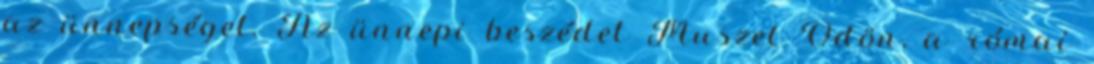
az ünnepséget. Az ünnepi beszédet Muszel Ödön, a római